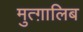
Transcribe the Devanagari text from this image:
मुत्ग़ालिब